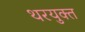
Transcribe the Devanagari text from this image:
थरयुक्त